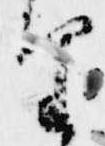
望